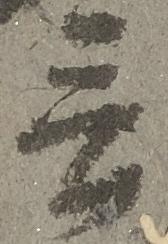
言